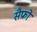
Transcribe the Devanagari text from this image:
सैफ्रों